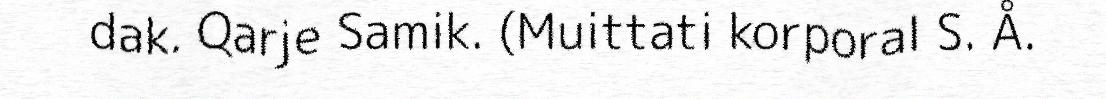
dak. Qarje Samik. (Muittati korporal S. Å.